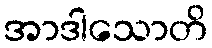
အာဒါသောတိ